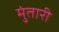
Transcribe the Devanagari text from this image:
मुंतारी